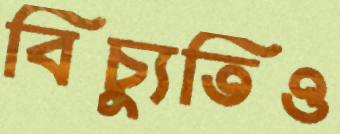
বিচ্যুতিও